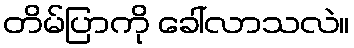
တိမ်ပြာကို ခေါ်လာသလဲ။